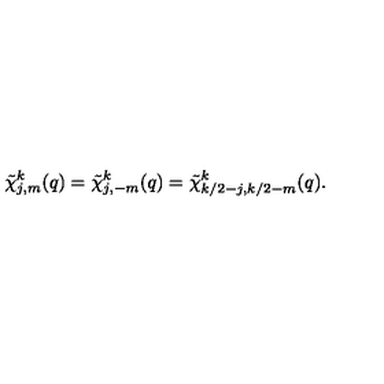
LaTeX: \tilde { \chi } _ { j , m } ^ { k } ( q ) = \tilde { \chi } _ { j , - m } ^ { k } ( q ) = \tilde { \chi } _ { k / 2 - j , k / 2 - m } ^ { k } ( q ) .